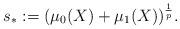
LaTeX: \begin{align*} s_* := (\mu_0(X)+\mu_1(X))^{\frac 1 p}. \end{align*}